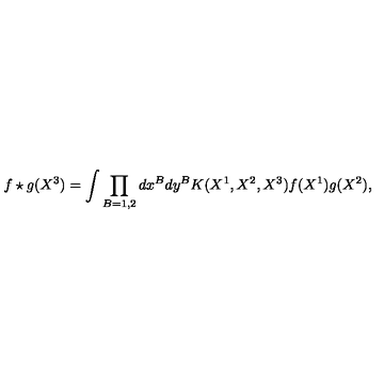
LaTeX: f \star g ( X ^ { 3 } ) = \int \prod _ { B = 1 , 2 } d x ^ { B } d y ^ { B } K ( X ^ { 1 } , X ^ { 2 } , X ^ { 3 } ) f ( X ^ { 1 } ) g ( X ^ { 2 } ) ,